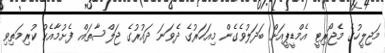
މަޖިލީހުގެ މެޖޯރިޓީ އެމްޑީޕީއަށް ބަދަލުވެގެން މިއަހަރުގެ ދެވަނަ ދައުރުގެ ޖަލްސާތައް ފެށުމާއެކު ކުރިމަތިވި